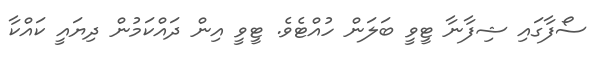
ސޯފާގައި ޝިފާނާ ޓީވީ ބަަލަން ހުއްޓެވެ. ޓީވީ އިން ދައްކަމުން ދިޔައީ ކައްކާ